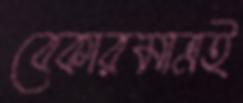
বেকারমাত্রই